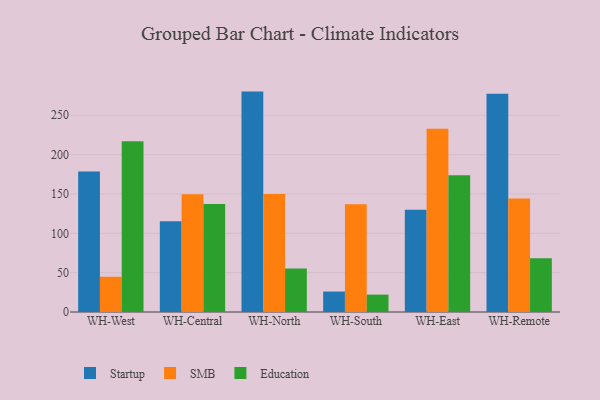
{"axis": {"x": "Warehouse", "y": "Inventory Turnover"}, "legend": ["Education", "SMB", "Startup"], "data": [{"x": "WH-West", "y": 178.6, "type": "Startup"}, {"x": "WH-West", "y": 44.8, "type": "SMB"}, {"x": "WH-West", "y": 216.9, "type": "Education"}, {"x": "WH-Central", "y": 115.3, "type": "Startup"}, {"x": "WH-Central", "y": 149.7, "type": "SMB"}, {"x": "WH-Central", "y": 137.3, "type": "Education"}, {"x": "WH-North", "y": 280.1, "type": "Startup"}, {"x": "WH-North", "y": 149.9, "type": "SMB"}, {"x": "WH-North", "y": 55.3, "type": "Education"}, {"x": "WH-South", "y": 26.0, "type": "Startup"}, {"x": "WH-South", "y": 137.0, "type": "SMB"}, {"x": "WH-South", "y": 22.1, "type": "Education"}, {"x": "WH-East", "y": 129.8, "type": "Startup"}, {"x": "WH-East", "y": 232.8, "type": "SMB"}, {"x": "WH-East", "y": 173.7, "type": "Education"}, {"x": "WH-Remote", "y": 277.3, "type": "Startup"}, {"x": "WH-Remote", "y": 144.2, "type": "SMB"}, {"x": "WH-Remote", "y": 68.4, "type": "Education"}]}